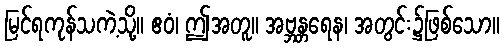
မြင်ရကုန်သကဲ့သို့။ ဧဝံ၊ ဤအတူ။ အဗ္ဘန္တရေန၊ အတွင်း၌ဖြစ်သော။